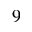
9